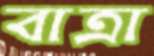
বাত্রা